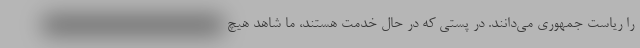
را ریاست جمهوری می‌دانند. در پستی که در حال خدمت هستند، ما شاهد هیچ